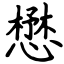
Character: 懋